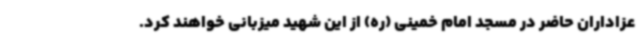
عزاداران حاضر در مسجد امام خمینی (ره) از این شهید میزبانی خواهند کرد.